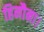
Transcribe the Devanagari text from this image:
हिनौना।